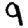
Digit: 9